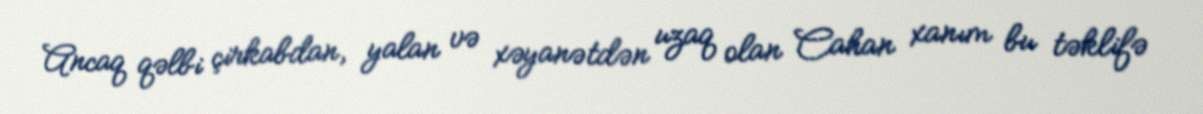
Ancaq qəlbi çirkabdan, yalan və xəyanətdən uzaq olan Cahan xanım bu təklifə